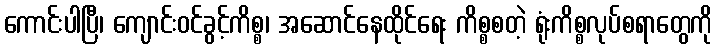
ကောင်းပါပြီ၊ ကျောင်းဝင်ခွင့်ကိစ္စ၊ အဆောင်နေထိုင်ရေး ကိစ္စစတဲ့ ရုံးကိစ္စလုပ်စရာတွေကို